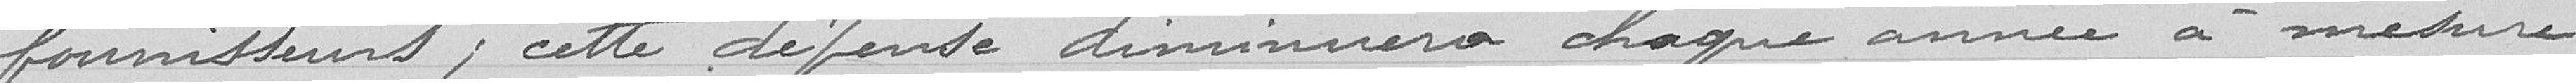
fournisseurs , cette dépense diminuera chaque année à mesure